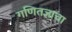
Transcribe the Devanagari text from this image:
गणितज्ञाचा